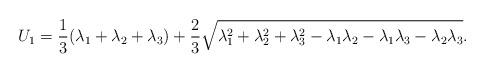
LaTeX: \begin{align*} U_1= \frac{1}{3}(\lambda_1 +\lambda_2+\lambda_3) + \frac{2}{3} \sqrt{\lambda_1^2 +\lambda_2^2 +\lambda_3^2 - \lambda_1 \lambda_2 -\lambda_1 \lambda_3 - \lambda_2 \lambda_3}. \end{align*}